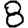
Digit: 8